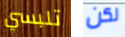
تلبسي لكن